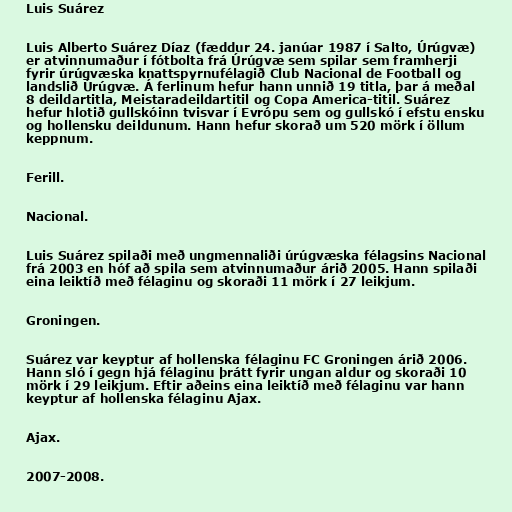
Luis Suárez

Luis Alberto Suárez Díaz (fæddur 24. janúar 1987 í Salto, Úrúgvæ)
er atvinnumaður í fótbolta frá Úrúgvæ sem spilar sem framherji
fyrir úrúgvæska knattspyrnufélagið Club Nacional de Football og
landslið Úrúgvæ. Á ferlinum hefur hann unnið 19 titla, þar á meðal
8 deildartitla, Meistaradeildartitil og Copa America-titil. Suárez
hefur hlotið gullskóinn tvisvar í Evrópu sem og gullskó í efstu ensku
og hollensku deildunum. Hann hefur skorað um 520 mörk í öllum
keppnum.

Ferill.

Nacional.

Luis Suárez spilaði með ungmennaliði úrúgvæska félagsins Nacional
frá 2003 en hóf að spila sem atvinnumaður árið 2005. Hann spilaði
eina leiktíð með félaginu og skoraði 11 mörk í 27 leikjum.

Groningen.

Suárez var keyptur af hollenska félaginu FC Groningen árið 2006.
Hann sló í gegn hjá félaginu þrátt fyrir ungan aldur og skoraði 10
mörk í 29 leikjum. Eftir aðeins eina leiktíð með félaginu var hann
keyptur af hollenska félaginu Ajax.

Ajax.

2007-2008.